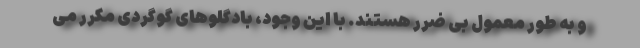
و به طور معمول بی ضرر هستند. با این وجود، بادگلوهای گوگردی مکرر می